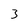
Character: 3